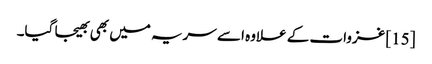
[15] غزوات کے علاوہ اسے سریہ میں بھی بھیجا گیا۔